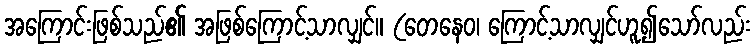
အကြောင်းဖြစ်သည်၏ အဖြစ်ကြောင့်သာလျှင်။ (တေနေဝ၊ ကြောင့်သာလျှင်ဟူ၍သော်လည်း